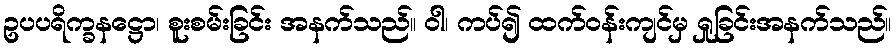
ဥပပရိက္ခနဋ္ဌော၊ စူးစမ်းခြင်း အနက်သည်။ ဝါ၊ ကပ်၍ ထက်ဝန်းကျင်မှ ရှုခြင်းအနက်သည်။